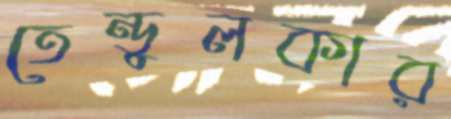
তেন্ডুলকার